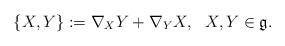
LaTeX: \begin{align*} \{X,Y\}:=\nabla_{X}Y+\nabla_{Y}X, \ \ X,Y\in \mathfrak{g}.\end{align*}